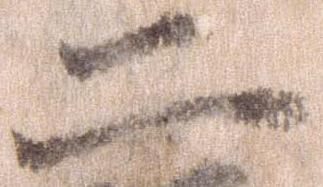
二